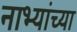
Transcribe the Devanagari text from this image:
नाभ्यांच्या